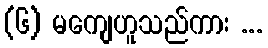
(၆) မကျေဟူသည်ကား ...